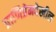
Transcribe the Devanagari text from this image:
प्राणिप्रेमदेखील